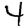
Digit: 4